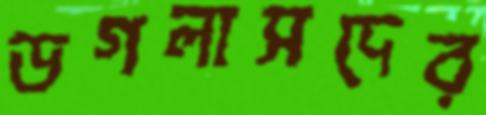
ডগলাসদের